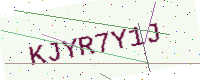
Text: KJYR7Y1J